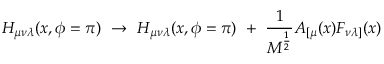
H _ { \mu \nu \lambda } ( x , \phi = \pi ) ~ \rightarrow ~ H _ { \mu \nu \lambda } ( x , \phi = \pi ) ~ + ~ \frac { 1 } { M ^ { \frac { 1 } { 2 } } } A _ { [ \mu } ( x ) F _ { \nu \lambda ] } ( x )